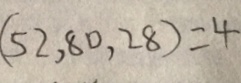
( 5 2 , 8 0 , 2 8 ) = 4